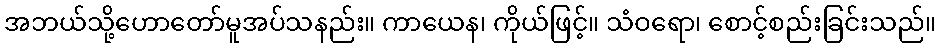
အဘယ်သို့ဟောတော်မူအပ်သနည်း။ ကာယေန၊ ကိုယ်ဖြင့်။ သံဝရော၊ စောင့်စည်းခြင်းသည်။